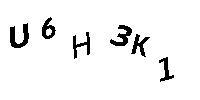
U6H3K1